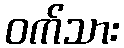
ဝက်သား